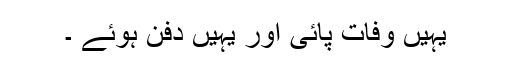
یہیں وفات پائی اور یہیں دفن ہوئے ۔